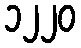
၁၂၂၀